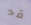
قد